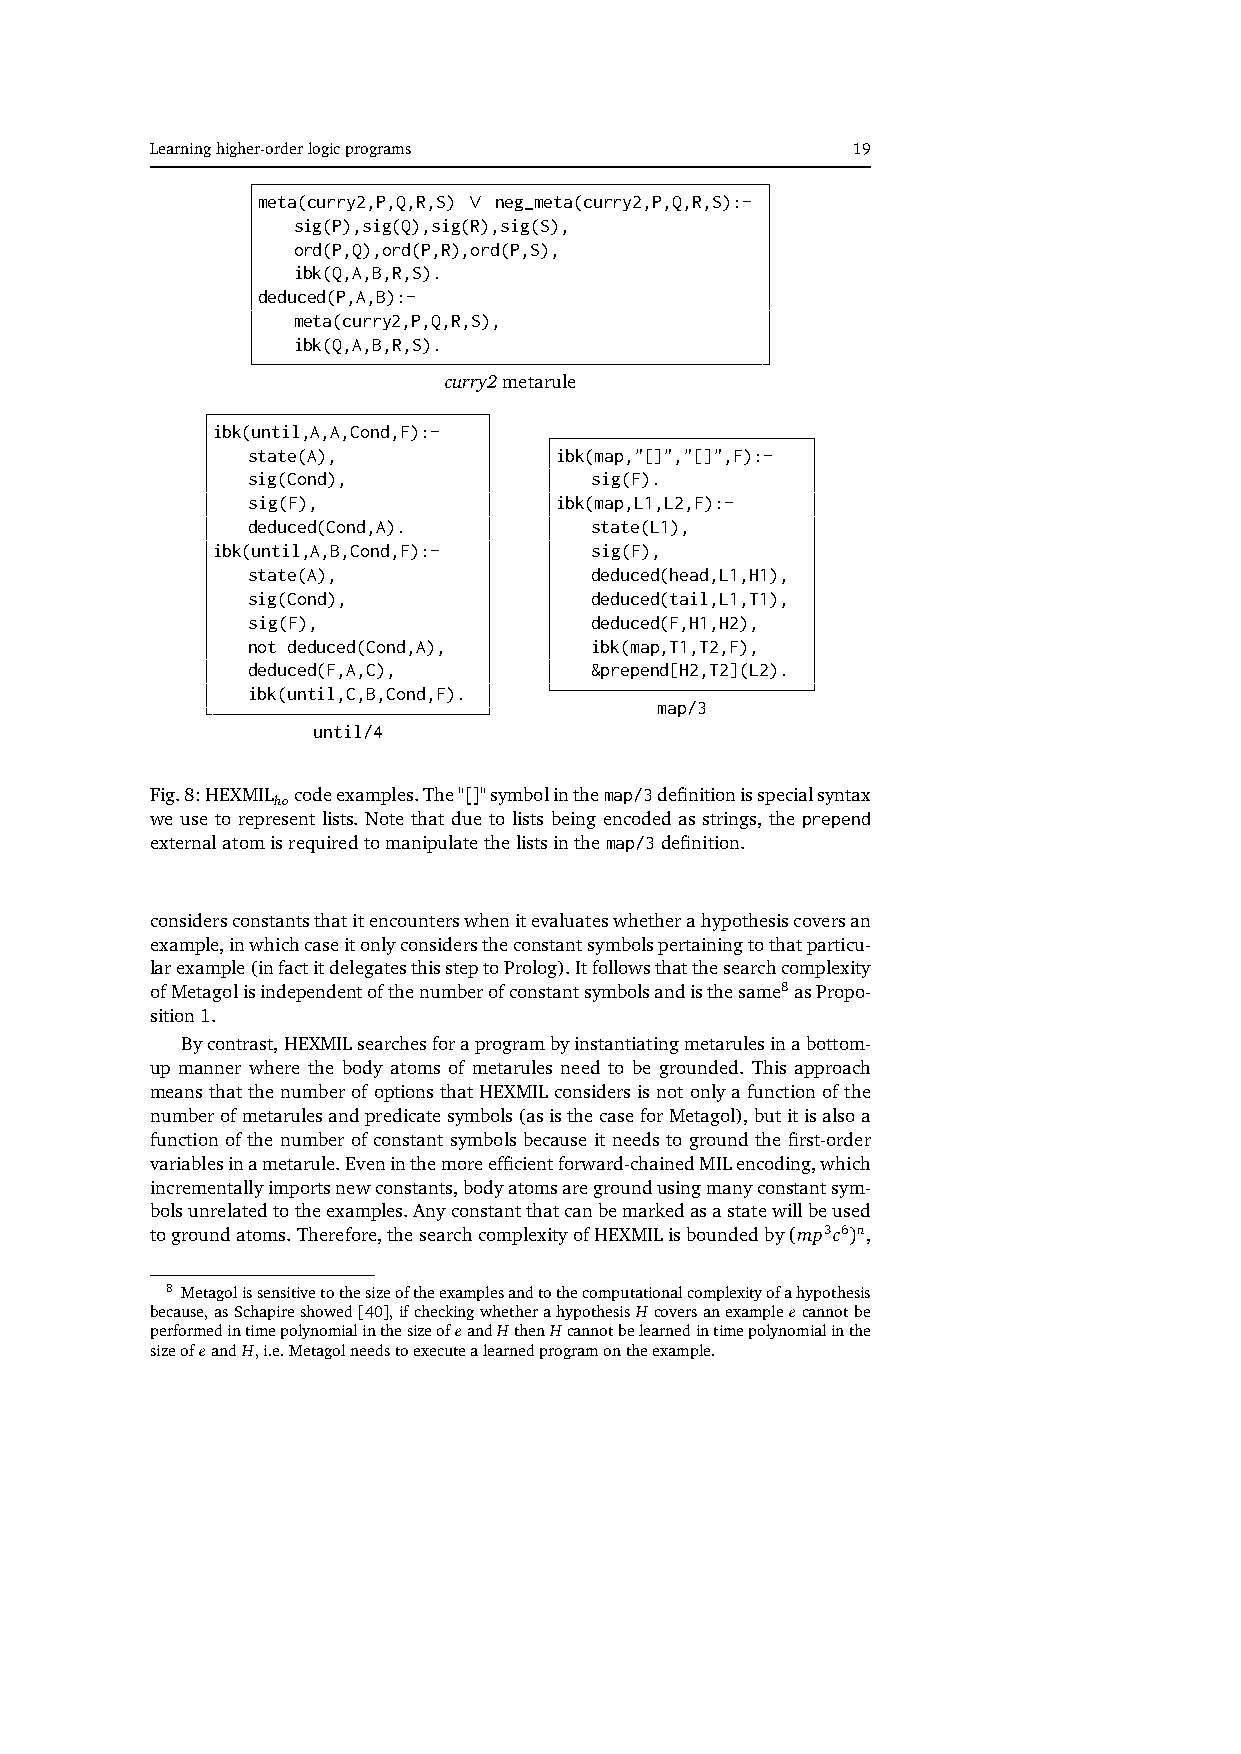
Learninghigher-orderlogicprograms             19
 meta(curry2,P,Q,R,S) ∨ neg_meta(curry2,P,Q,R,S):-
 sig(P),sig(Q),sig(R),sig(S),
 ord(P,Q),ord(P,R),ord(P,S),
 ibk(Q,A,B,R,S).
 deduced(P,A,B):-
 meta(curry2,P,Q,R,S),
 ibk(Q,A,B,R,S).
 curry2metarule
 ibk(until,A,A,Cond,F):-
 state(A),            ibk(map,"[]","[]",F):-
 sig(Cond),             sig(F).
 sig(F),              ibk(map,L1,L2,F):-
 deduced(Cond,A).       state(L1),
 ibk(until,A,B,Cond,F):-  sig(F),
 state(A),              deduced(head,L1,H1),
 sig(Cond),             deduced(tail,L1,T1),
 sig(F),                deduced(F,H1,H2),
 not deduced(Cond,A),   ibk(map,T1,T2,F),
 deduced(F,A,C),        &prepend[H2,T2](L2).
 ibk(until,C,B,Cond,F).
 map/3
 until/4
 Fig.8:HEXMIL codeexamples.The"[]"symbolinthemap/3definitionisspecialsyntax
 ho
 we use to represent lists. Note that due to lists being encoded as strings, the prepend
 externalatomisrequiredtomanipulatethelistsinthemap/3definition.
 considersconstantsthatitencounterswhenitevaluateswhetherahypothesiscoversan
 example,inwhichcaseitonlyconsiderstheconstantsymbolspertainingtothatparticu-
 larexample(infactitdelegatesthissteptoProlog).Itfollowsthatthesearchcomplexity
 ofMetagolisindependentofthenumberofconstantsymbolsandisthesame8asPropo-
 sition1.
 Bycontrast,HEXMILsearchesforaprogrambyinstantiatingmetarulesinabottom-
 up manner where the body atoms of metarules need to be grounded. This approach
 meansthatthenumberofoptionsthatHEXMILconsidersisnotonlyafunctionofthe
 numberofmetarulesandpredicatesymbols(asisthecaseforMetagol),butitisalsoa
 function of the number of constant symbols because it needs to ground the first-order
 variablesinametarule.Eveninthemoreefficientforward-chainedMILencoding,which
 incrementallyimportsnewconstants,bodyatomsaregroundusingmanyconstantsym-
 bolsunrelatedtotheexamples.Anyconstantthatcanbemarkedasastatewillbeused
 togroundatoms.Therefore,thesearchcomplexityofHEXMILisboundedby(mp3c6)n,
 8 Metagolissensitivetothesizeoftheexamplesandtothecomputationalcomplexityofahypothesis
 because,asSchapireshowed[40],ifcheckingwhetherahypothesisH coversanexampleecannotbe
 performedintimepolynomialinthesizeofeandHthenHcannotbelearnedintimepolynomialinthe
 sizeofeandH,i.e.Metagolneedstoexecutealearnedprogramontheexample.